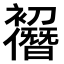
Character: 𠠭